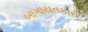
બાગાયતકારો